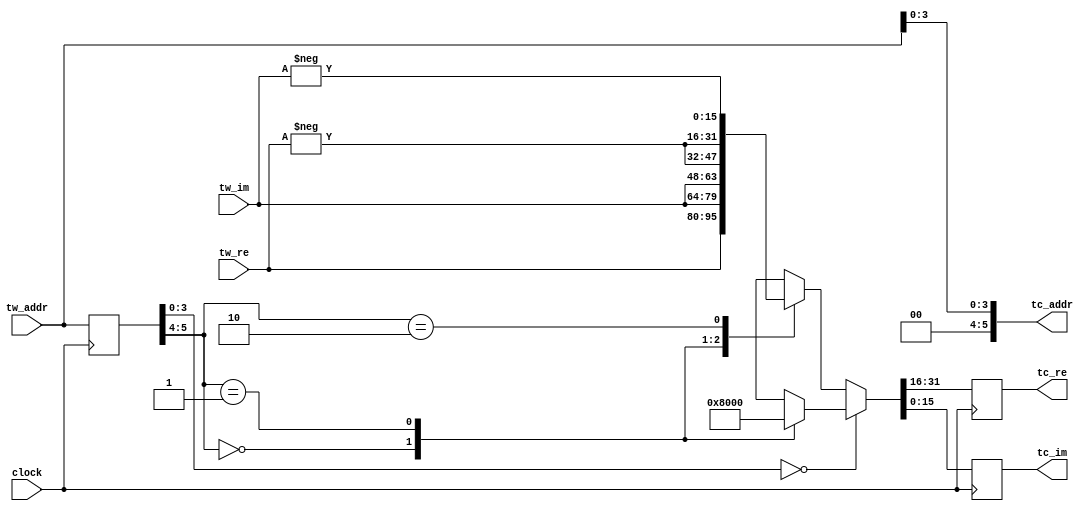
//----------------------------------------------------------------------
//  TwiddleConvert4: Convert Twiddle Value to Reduce Table Size to 1/4
//----------------------------------------------------------------------
module TwiddleConvert4 #(
    parameter   LOG_N = 6,      //  Address Bit Length
    parameter   WIDTH = 16,     //  Data Bit Length
    parameter   TW_FF = 1,      //  Use Twiddle Output Register
    parameter   TC_FF = 1       //  Use Output Register
)(
    input               clock,      //  Master Clock
    input   [LOG_N-1:0] tw_addr,    //  Twiddle Number
    input   [WIDTH-1:0] tw_re,      //  Twiddle Value (Real)
    input   [WIDTH-1:0] tw_im,      //  Twiddle Value (Imag)
    output  [LOG_N-1:0] tc_addr,    //  Converted Twiddle Number
    output  [WIDTH-1:0] tc_re,      //  Converted Twiddle Value (Real)
    output  [WIDTH-1:0] tc_im       //  Converted Twiddle Value (Imag)
);

//  Internal Nets
reg [LOG_N-1:0] ff_addr;
wire[LOG_N-1:0] sel_addr;
reg [WIDTH-1:0] mx_re;
reg [WIDTH-1:0] mx_im;
reg [WIDTH-1:0] ff_re;
reg [WIDTH-1:0] ff_im;

//  Convert Twiddle Number
assign  tc_addr[LOG_N-1:LOG_N-2] = 2'd0;
assign  tc_addr[LOG_N-3:0] = tw_addr[LOG_N-3:0];

//  Convert Twiddle Value
always @(posedge clock) begin
    ff_addr <= tw_addr;
end
assign  sel_addr = TW_FF ? ff_addr : tw_addr;

always @* begin
    if (sel_addr[LOG_N-3:0] == {LOG_N-2{1'b0}}) begin
        case (sel_addr[LOG_N-1:LOG_N-2])
        2'd0    : {mx_re, mx_im} <= {{WIDTH{1'b0}}, {WIDTH{1'b0}}};
        2'd1    : {mx_re, mx_im} <= {{WIDTH{1'b0}}, {1'b1,{WIDTH-1{1'b0}}}};
        default : {mx_re, mx_im} <= {{WIDTH{1'bx}}, {WIDTH{1'bx}}};
        endcase
    end else begin
        case (sel_addr[LOG_N-1:LOG_N-2])
        2'd0    : {mx_re, mx_im} <= { tw_re,  tw_im};
        2'd1    : {mx_re, mx_im} <= { tw_im, -tw_re};
        2'd2    : {mx_re, mx_im} <= {-tw_re, -tw_im};
        default : {mx_re, mx_im} <= {{WIDTH{1'bx}}, {WIDTH{1'bx}}};
        endcase
    end
end
always @(posedge clock) begin
    ff_re <= mx_re;
    ff_im <= mx_im;
end

assign  tc_re = TC_FF ? ff_re : mx_re;
assign  tc_im = TC_FF ? ff_im : mx_im;

endmodule